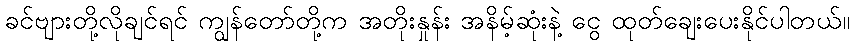
ခင်ဗျားတို့လိုချင်ရင် ကျွန်တော်တို့က အတိုးနှုန်း အနိမ့်ဆုံးနဲ့ ငွေ ထုတ်ချေးပေးနိုင်ပါတယ်။